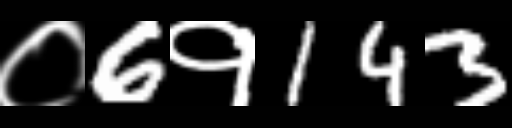
Text: ०6१143